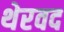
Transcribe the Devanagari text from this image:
थेरवद